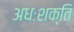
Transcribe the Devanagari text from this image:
अधःशक्ति